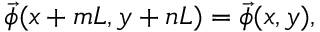
\vec { \phi } ( x + m L , y + n L ) = \vec { \phi } ( x , y ) ,